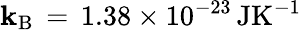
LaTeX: \mathbf{k}_{\mathrm{{B}}}\, =\, 1.38\times10^{-23}\, \mathrm{{JK^{-1}}}